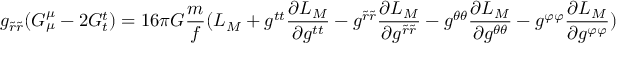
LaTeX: g _ { \tilde { r } \tilde { r } } ( G _ { \mu } ^ { \mu } - 2 G _ { t } ^ { t } ) = 1 6 \pi G \frac { m } { f } ( L _ { M } + g ^ { t t } \frac { \partial L _ { M } } { \partial g ^ { t t } } - g ^ { \tilde { r } \tilde { r } } \frac { \partial L _ { M } } { \partial g ^ { \tilde { r } \tilde { r } } } - g ^ { \theta \theta } \frac { \partial L _ { M } } { \partial g ^ { \theta \theta } } - g ^ { \varphi \varphi } \frac { \partial L _ { M } } { \partial g ^ { \varphi \varphi } } )